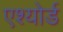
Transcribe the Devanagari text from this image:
एश्योर्ड